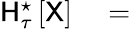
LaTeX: \begin{array}{rl}{\mathsf{H}_{\tau}^{\star}\left[\mathsf{X}\right]}&{{}=}\end{array}